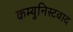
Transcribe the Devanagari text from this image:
कम्युनिस्टवाद